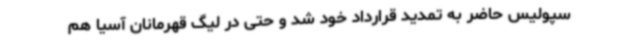
سپولیس حاضر به تمدید قرارداد خود شد و حتی در لیگ قهرمانان آسیا هم